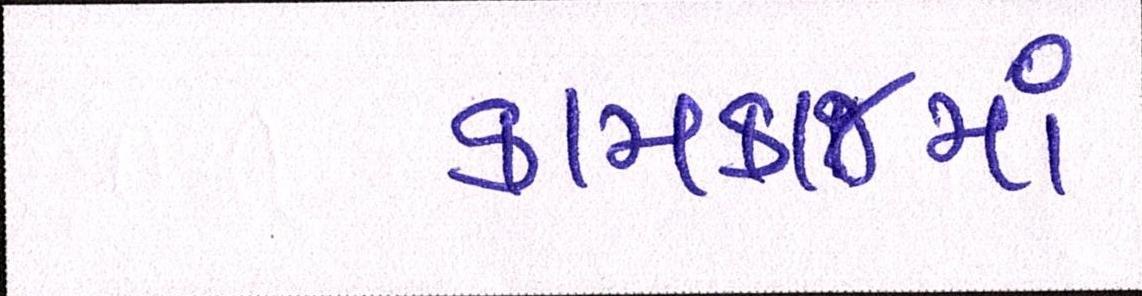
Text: કામકાજમાં